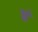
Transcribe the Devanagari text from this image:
षं